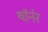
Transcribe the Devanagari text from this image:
थॉर्नर